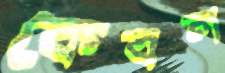
কেবল